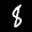
Label: 8